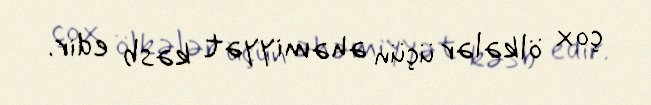
çox ölkələr üçün əhəmiyyət kəsb edir.